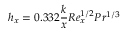
h _ { x } = 0 . 3 3 2 { \frac { k } { x } } R e _ { x } ^ { 1 / 2 } P r ^ { 1 / 3 }